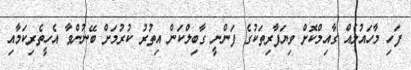
ފަހި މާހައުލެއް ގާއިމްކޮށް ވިޔަފާރިތަކުގެ ފަންނީ ގާބިލްކަން އިތުރު ކުރުމަށް ބޭނުންވާ އެހީތެރިކަމާއި